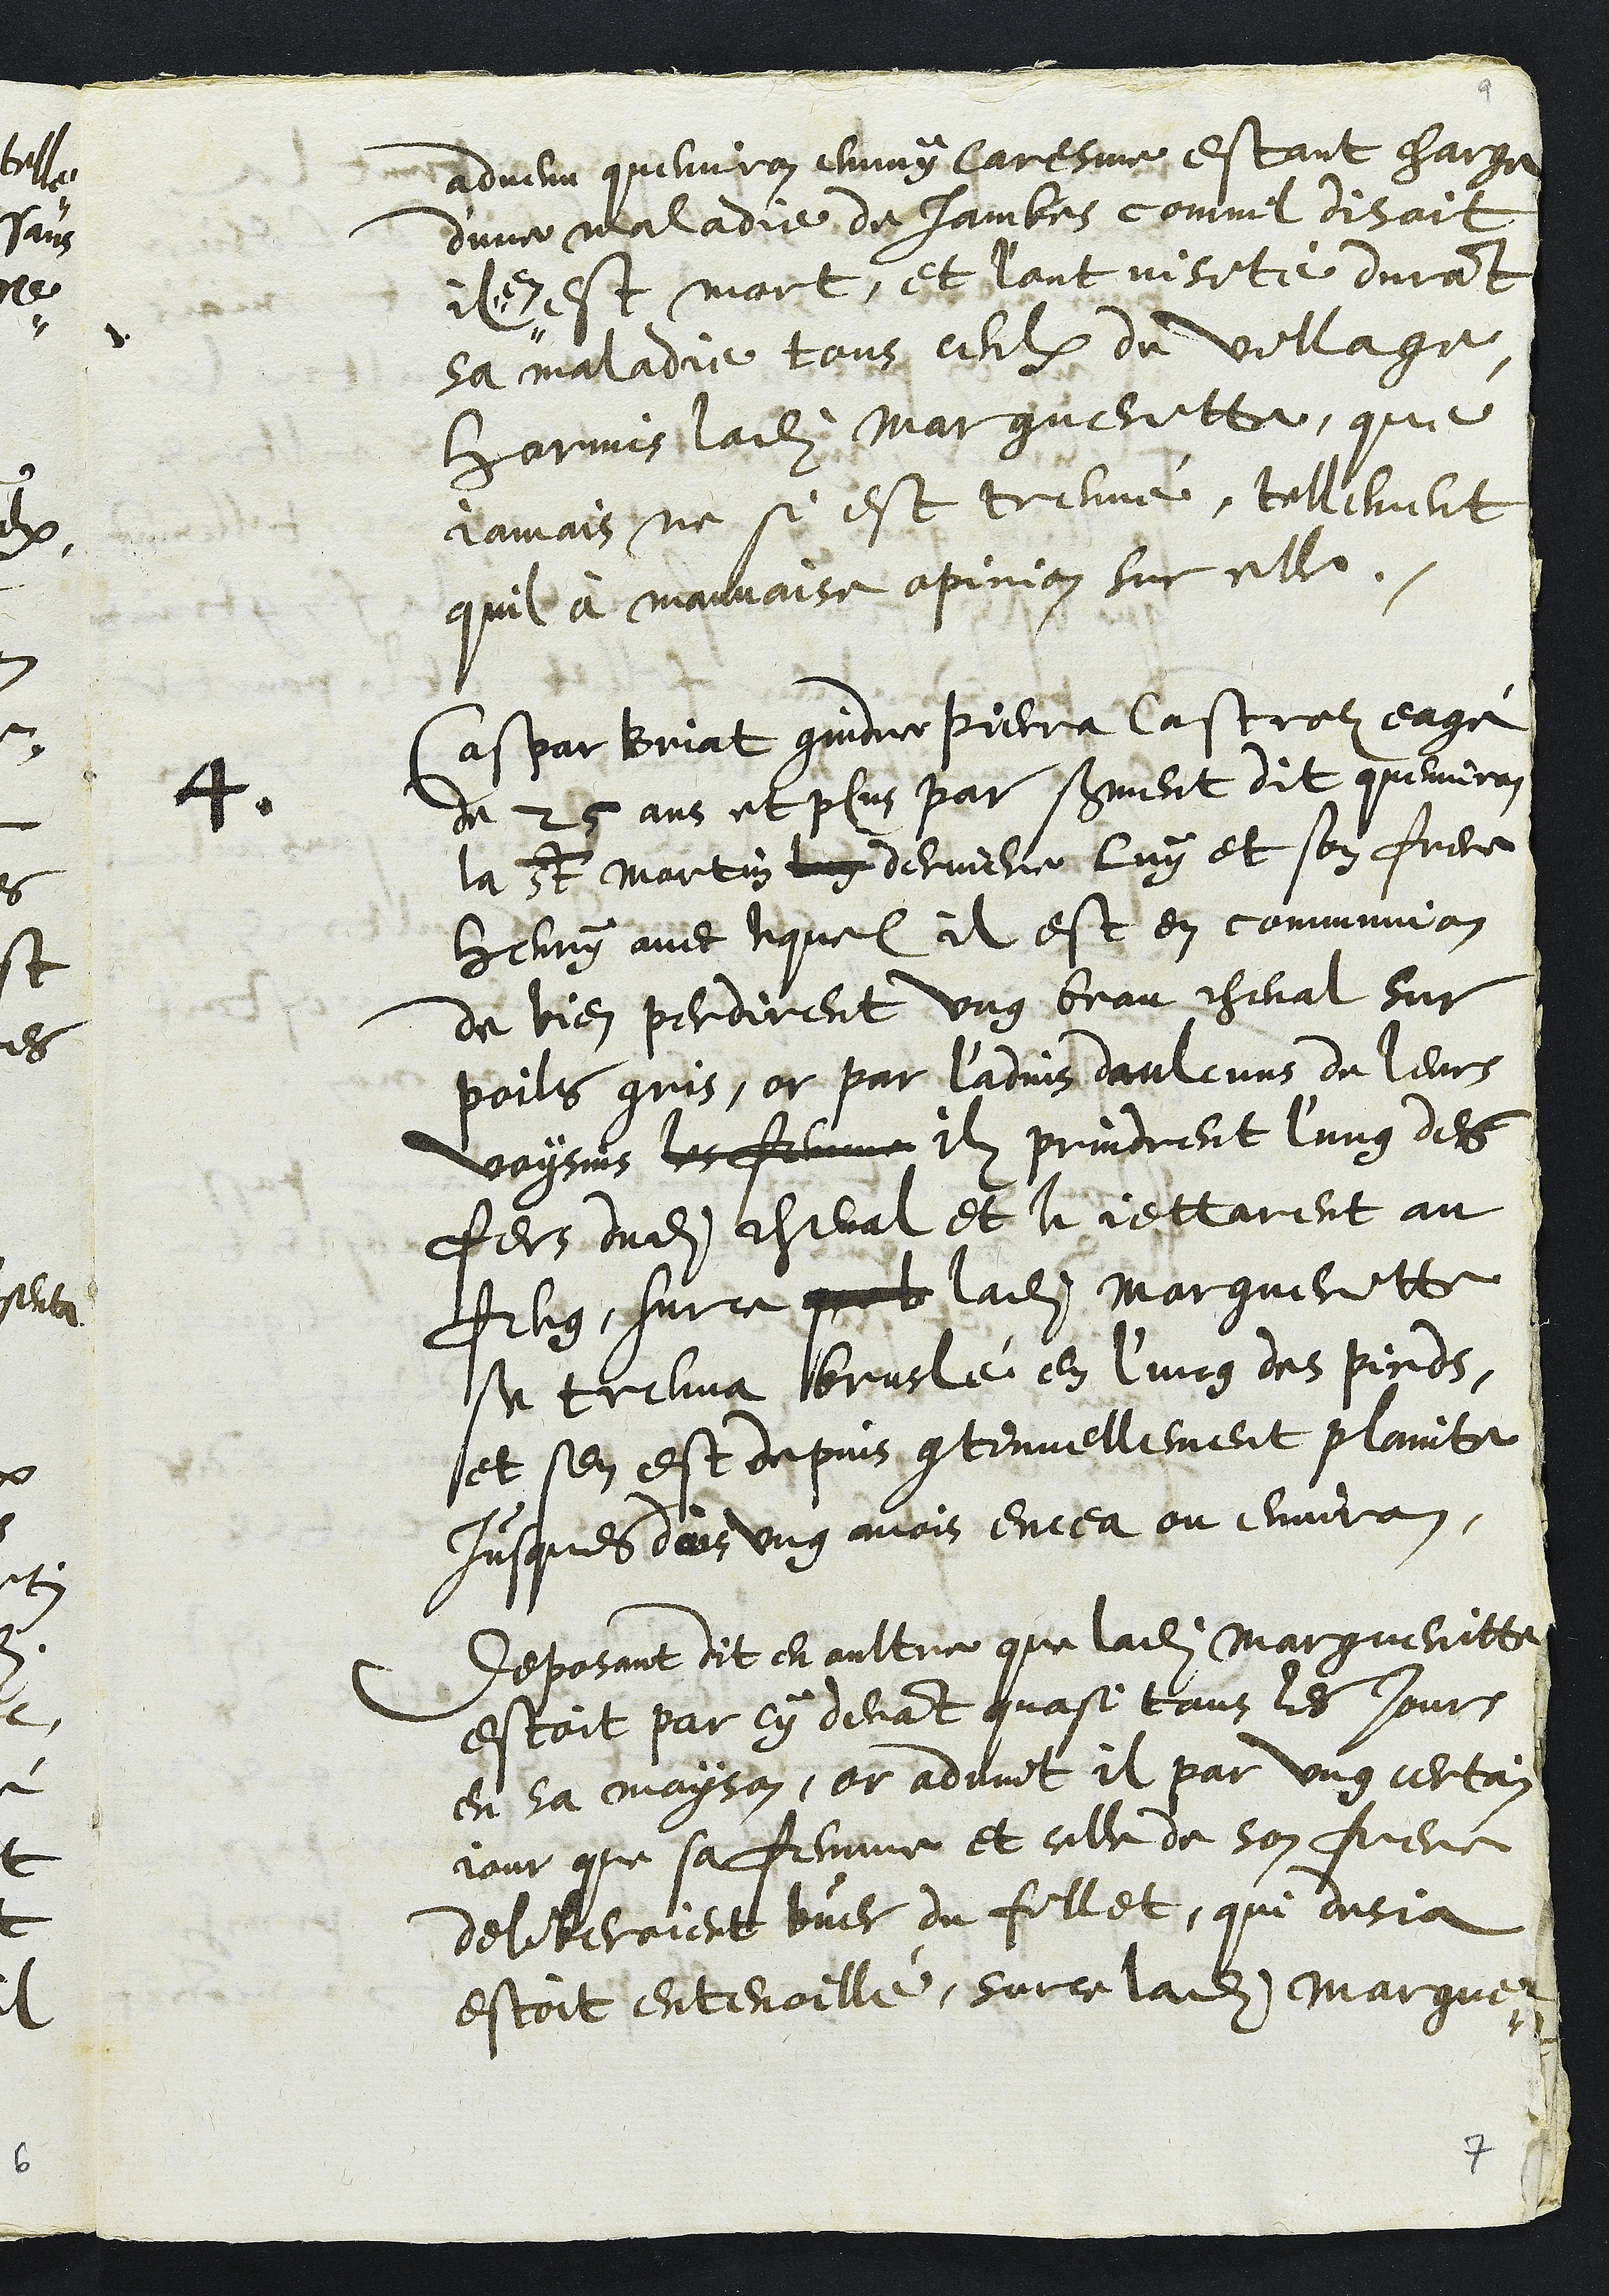
advenu quenviron emmy Caresme estant charge
d'une maladie de jambes commil disoit
il ,,
,, en
est mort, et l'ont visité durant
sa maladie tous ceulx du village
Hormis ladite Margueritte, que
jamais ne si est treuvé, tellement
quil à mauvaise opinion sur elle.
4
Caspar Briat gindre Pierra Castrolz eagé
de 25 ans et plus par serment dit quenviron
la St Martin luy derniere luy et son frere
Henry avec lequel il est en communion
de bien perdirent ung beau cheval sur
poils gris, or par l'advis daulcuns de leurs
voysins les femme ilz prindrent l'ung des
fers dudit cheval et le jettarent au
feug, surce quel ladite Margueritte
se treuva bruslé en l’ung des pieds,
et sen est depuis continuellement plainte
jusques dois ung mois encea ou environ.
Deposant dit en oultre que ladite Margueritte
estoit par cy devant quasi tous les Jours
en sa mayson, or advint il par ung certain
jour que sa femme et celle de son frere
deliberoient buer du fillet, qui desja
estoit entenoillé, sur ce ladite Margue-